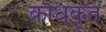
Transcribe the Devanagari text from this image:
क्रोधकृत